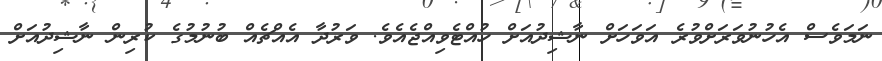
ނަމަވެސް އެހުނުވަރަށްވުރެ އަވަހަށް ނާޝިދުއަށް ހުއްޓެވިއްޖެއެވެ. ވަރުދާ އެއްޗެއް ބުނުމުގެ ކުރިން ނާޝިދުއަށް